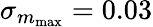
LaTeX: \sigma_{m_{\mathrm{max}}}=0.03